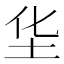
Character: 𱖋